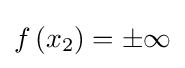
f\left(x_{2}\right)=\pm \infty